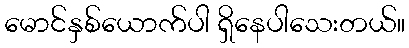
မောင်နှစ်ယောက်ပါ ရှိနေပါသေးတယ်။